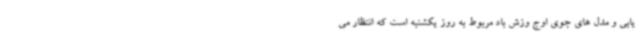
یابی و مدل های جوی اوج وزش باد مربوط به روز یکشنبه است که انتظار می